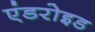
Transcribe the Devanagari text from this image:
एंडरोइड